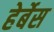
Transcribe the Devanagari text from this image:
हेर्बेस